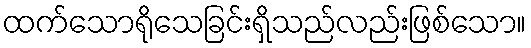
ထက်သောရိုသေခြင်းရှိသည်လည်းဖြစ်သော။